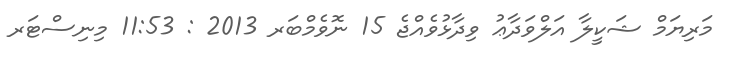
މަރިޔަމް ޝަކީލާ އަލްވަދާޢު ވިދާޅުވެއްޖެ 15 ނޮވެމްބަރ 2013 : 11:53 މިނިސްޓަރ